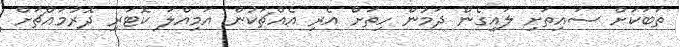
ތަބަކަށް ސައިތަށި ލައިގެން ދަމުން ހިތަށް އެރި އެއްޗަކުން އަމިއްލަ ކޮޓަރި ދޮރުމައްޗަށް